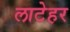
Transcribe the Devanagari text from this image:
लाटेहर